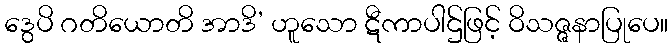
ဒွေပိ ဂတိယောတိ အာဒိ’ ဟူသော ဋီကာပါဌ်ဖြင့် ဝိသဇ္ဇနာပြုပေ။